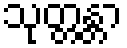
သုတ္တန္တာ